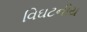
વિઘટનીય